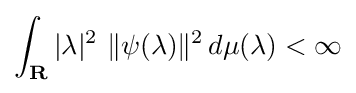
\int _{\mathbf {R} }|\lambda |^{2}\ \|\psi (\lambda )\|^{2}\,d\mu (\lambda )<\infty